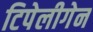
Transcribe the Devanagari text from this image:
टिपेलीगेन